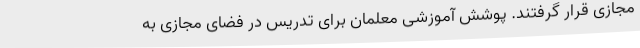
مجازی قرار گرفتند. پوشش آموزشی معلمان برای تدریس در فضای ‌مجازی به